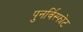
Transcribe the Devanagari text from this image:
पुनर्विस्फोट